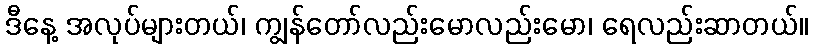
ဒီနေ့ အလုပ်များတယ်၊ ကျွန်တော်လည်းမောလည်းမော၊ ရေလည်းဆာတယ်။